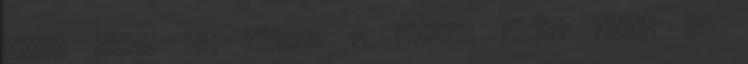
nem, nagy jó uram. - Tudja meg, hogy én